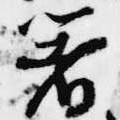
箸